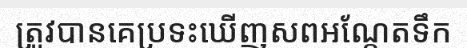
ត្រូវបានគេប្រទះឃើញសពអណ្តែតទឹក